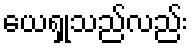
ယေရှုသည်လည်း